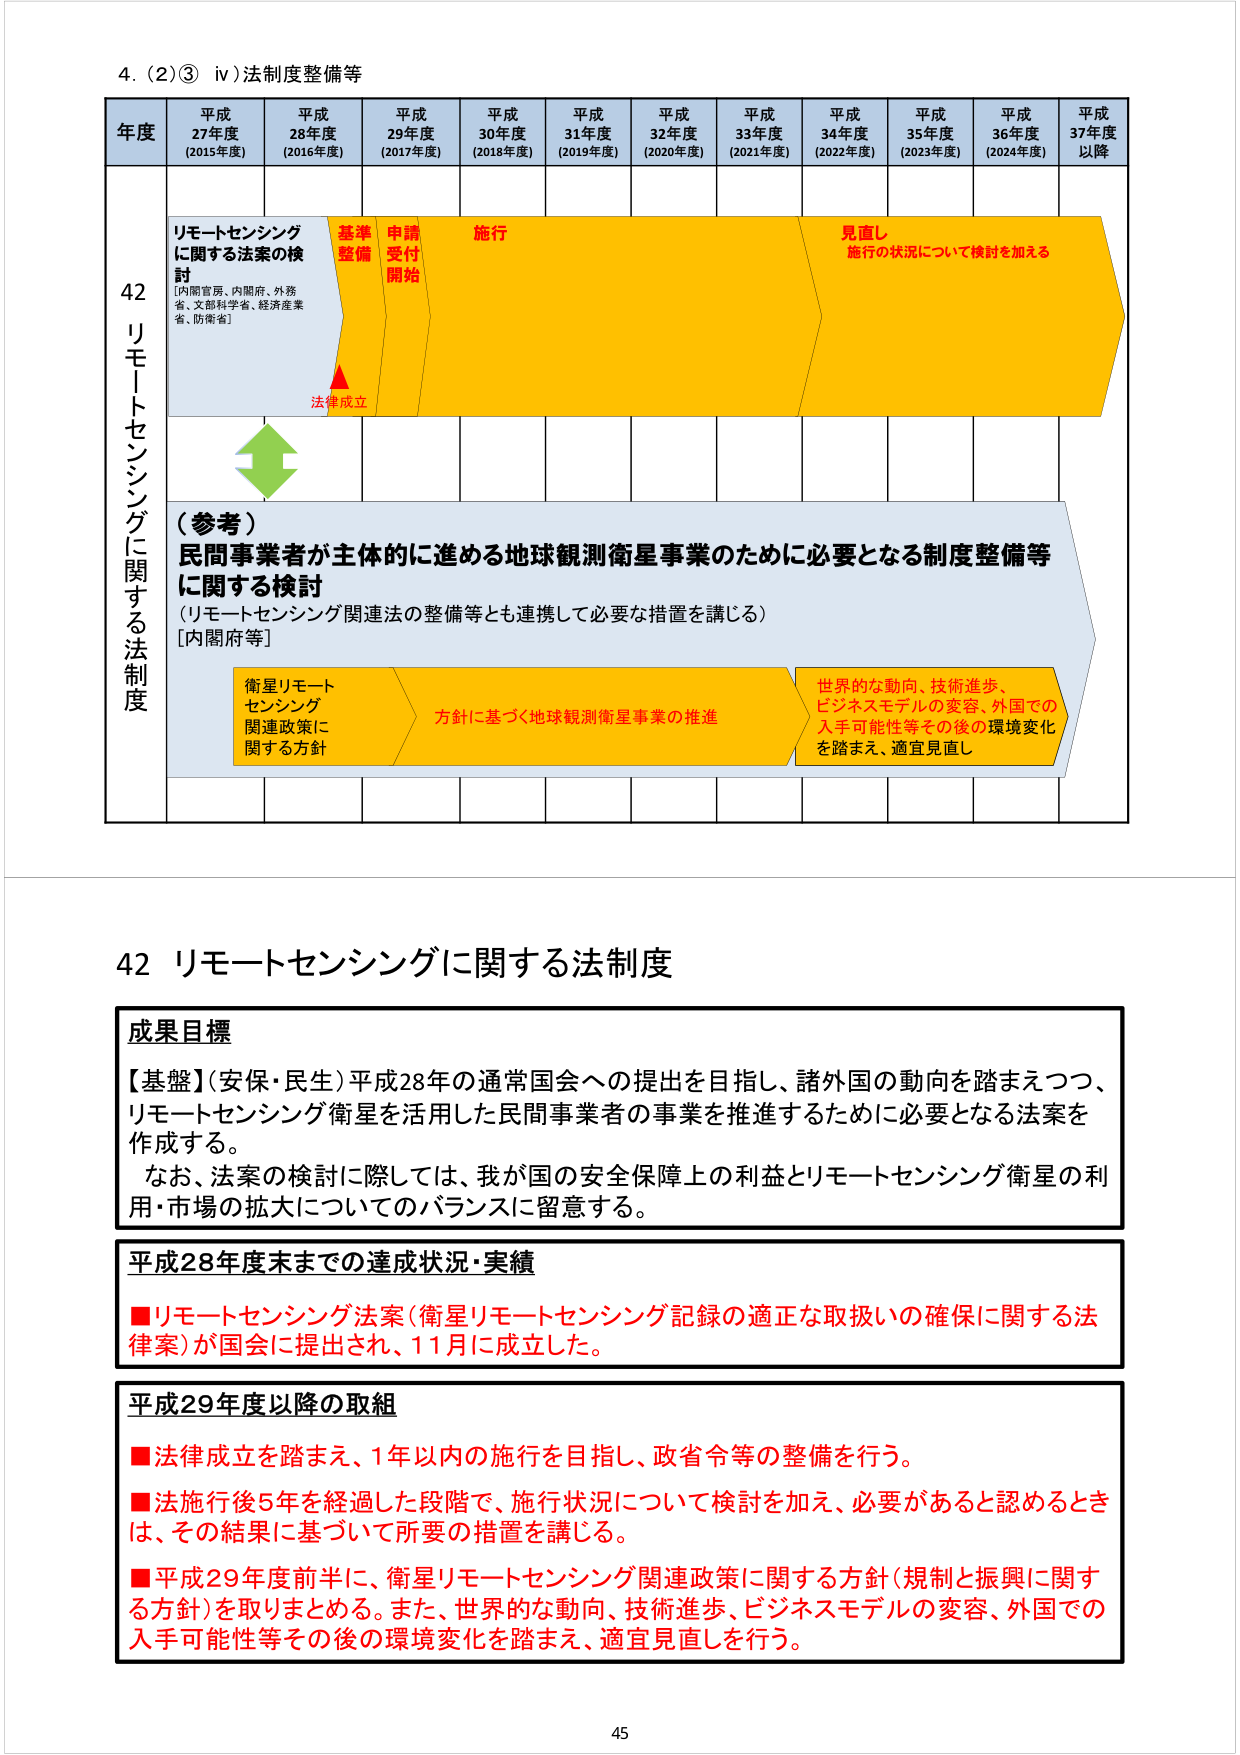
4. (2)③ iv) 法制度整備等

年度 平成27年度 (2015年度) 平成28年度 (2016年度) 平成29年度 (2017年度) 平成30年度 (2018年度) 平成31年度 (2019年度) 平成32年度 (2020年度) 平成33年度 (2021年度) 平成34年度 (2022年度) 平成35年度 (2023年度) 平成36年度 (2024年度) 平成37年度以降

42 リモートセンシングに関する法制度

リモートセンシングに関する法案の検討 [内閣官房、内閣府、外務省、文部科学省、経済産業省、防衛省]

基準整備 申請受付開始 施行 見直し 施行の状況について検討を加える

法律成立

（参考）民間事業者が主体的に進める地球観測衛星事業のために必要となる制度整備等に関する検討 （リモートセンシング関連法の整備等とも連携して必要な措置を講じる） [内閣府等]

衛星リモートセンシング関連政策に関する方針 方針に基づく地球観測衛星事業の推進 世界的な動向、技術進歩、ビジネスモデルの変容、外国での入手可能性等その後の環境変化を踏まえ、適宜見直し

42 リモートセンシングに関する法制度

成果目標
【基盤】（安保・民生）平成28年の通常国会への提出を目指し、諸外国の動向を踏まえつつ、リモートセンシング衛星を活用した民間事業者の事業を推進するために必要となる法案を作成する。
なお、法案の検討に際しては、我が国の安全保障上の利益とリモートセンシング衛星の利用・市場の拡大についてのバランスに留意する。

平成28年度末までの達成状況・実績
■リモートセンシング法案（衛星リモートセンシング記録の適正な取扱いの確保に関する法案）が国会に提出され、11月に成立した。

平成29年度以降の取組
■法律成立を踏まえ、1年以内の施行を目指し、政省令等の整備を行う。
■法施行後5年を経過した段階で、施行状況について検討を加え、必要があると認めるときは、その結果に基づいて所要の措置を講じる。
■平成29年度前半に、衛星リモートセンシング関連政策に関する方針（規制と振興に関する方針）を取りまとめる。また、世界的な動向、技術進歩、ビジネスモデルの変容、外国での入手可能性等その後の環境変化を踏まえ、適宜見直しを行う。

45